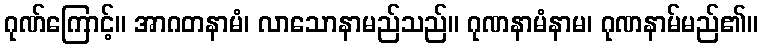
ဂုဏ်ကြောင့်။ အာဂတနာမံ၊ လာသောနာမည်သည်။ ဂုဏနာမံနာမ၊ ဂုဏနာမ်မည်၏။